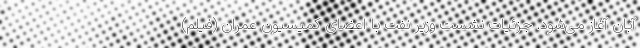
آبان آغاز می‌شود. جزئیات نشست وزیر نفت با اعضای کمیسیون عمران (فیلم)